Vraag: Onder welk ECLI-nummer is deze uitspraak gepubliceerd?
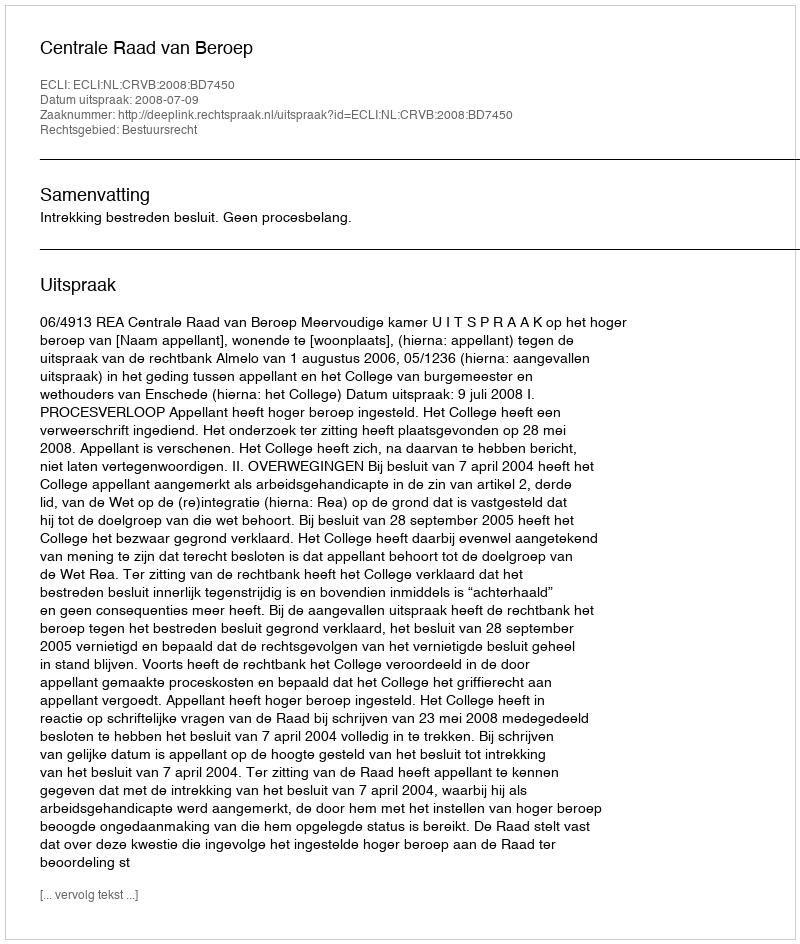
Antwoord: ECLI:NL:CRVB:2008:BD7450